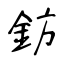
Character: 鈁